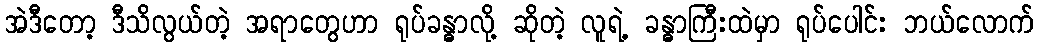
အဲဒီတော့ ဒီသိလွယ်တဲ့ အရာတွေဟာ ရုပ်ခန္ဓာလို့ ဆိုတဲ့ လူရဲ့ ခန္ဓာကြီးထဲမှာ ရုပ်ပေါင်း ဘယ်လောက်